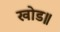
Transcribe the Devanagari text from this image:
खोड॥